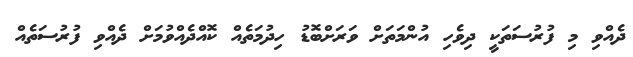
ދެއްވި މި ފުރުސަތަކީ ދިވެހި އުންމަތަށް ވަރަށްބޮޑު ހިދުމަތެއް ކޮއްދެއްވުމަށް ދެއްވި ފުރުސަތެއް